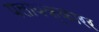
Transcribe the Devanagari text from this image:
पलायक्कारर